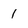
Character: 1